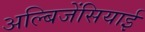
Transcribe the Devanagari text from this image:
अल्बिजेंसियाई